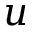
u